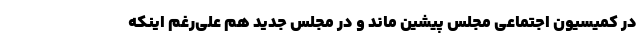
در کمیسیون اجتماعیِ مجلسِ پیشین ماند و در مجلس جدید هم علی‌رغم اینکه